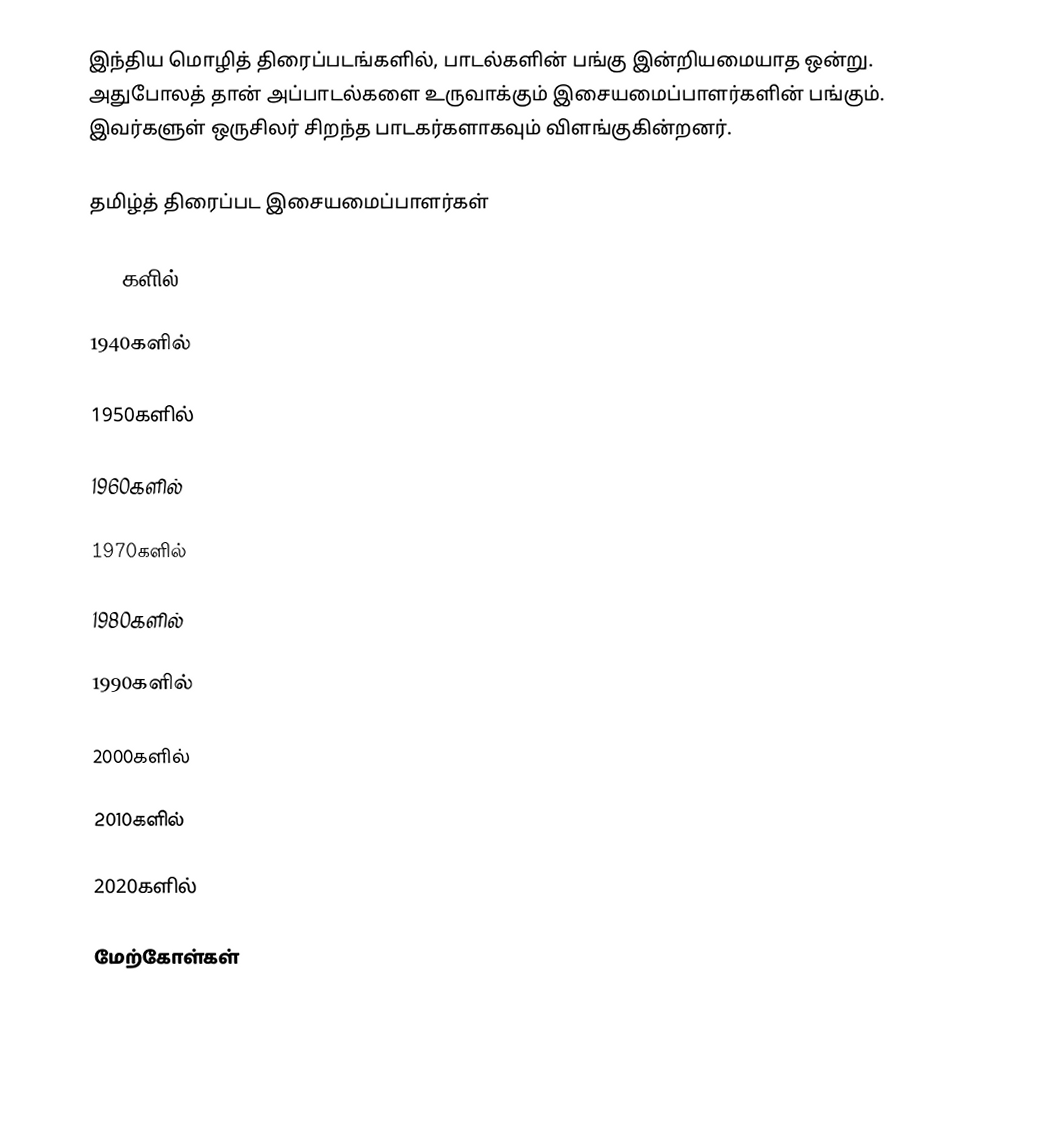
இந்திய மொழித் திரைப்படங்களில், பாடல்களின் பங்கு இன்றியமையாத ஒன்று. அதுபோலத் தான் அப்பாடல்களை உருவாக்கும் இசையமைப்பாளர்களின் பங்கும். இவர்களுள் ஒருசிலர் சிறந்த பாடகர்களாகவும் விளங்குகின்றனர்.

தமிழ்த் திரைப்பட இசையமைப்பாளர்கள்

1930களில்

1940களில்

1950களில்

1960களில்

1970களில்

1980களில்

1990களில்

2000களில்

2010களில்

2020களில்

மேற்கோள்கள்

+